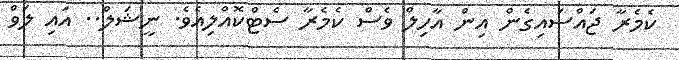
ކެމެރާ ޖައްސައިގެން އިން އާހިލް ވެސް ކެމެރާ ސެޓްކޮއްލިއެވެ. ނީޝަލް.. އައި ލަވް